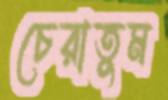
চেরাতুম